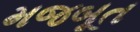
મજબૂત